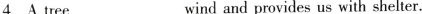
4.A tree ___wind and provides us with shelter.